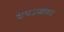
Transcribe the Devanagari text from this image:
वेनऽआवः।